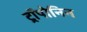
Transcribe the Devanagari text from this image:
ट्रॉपोनिन